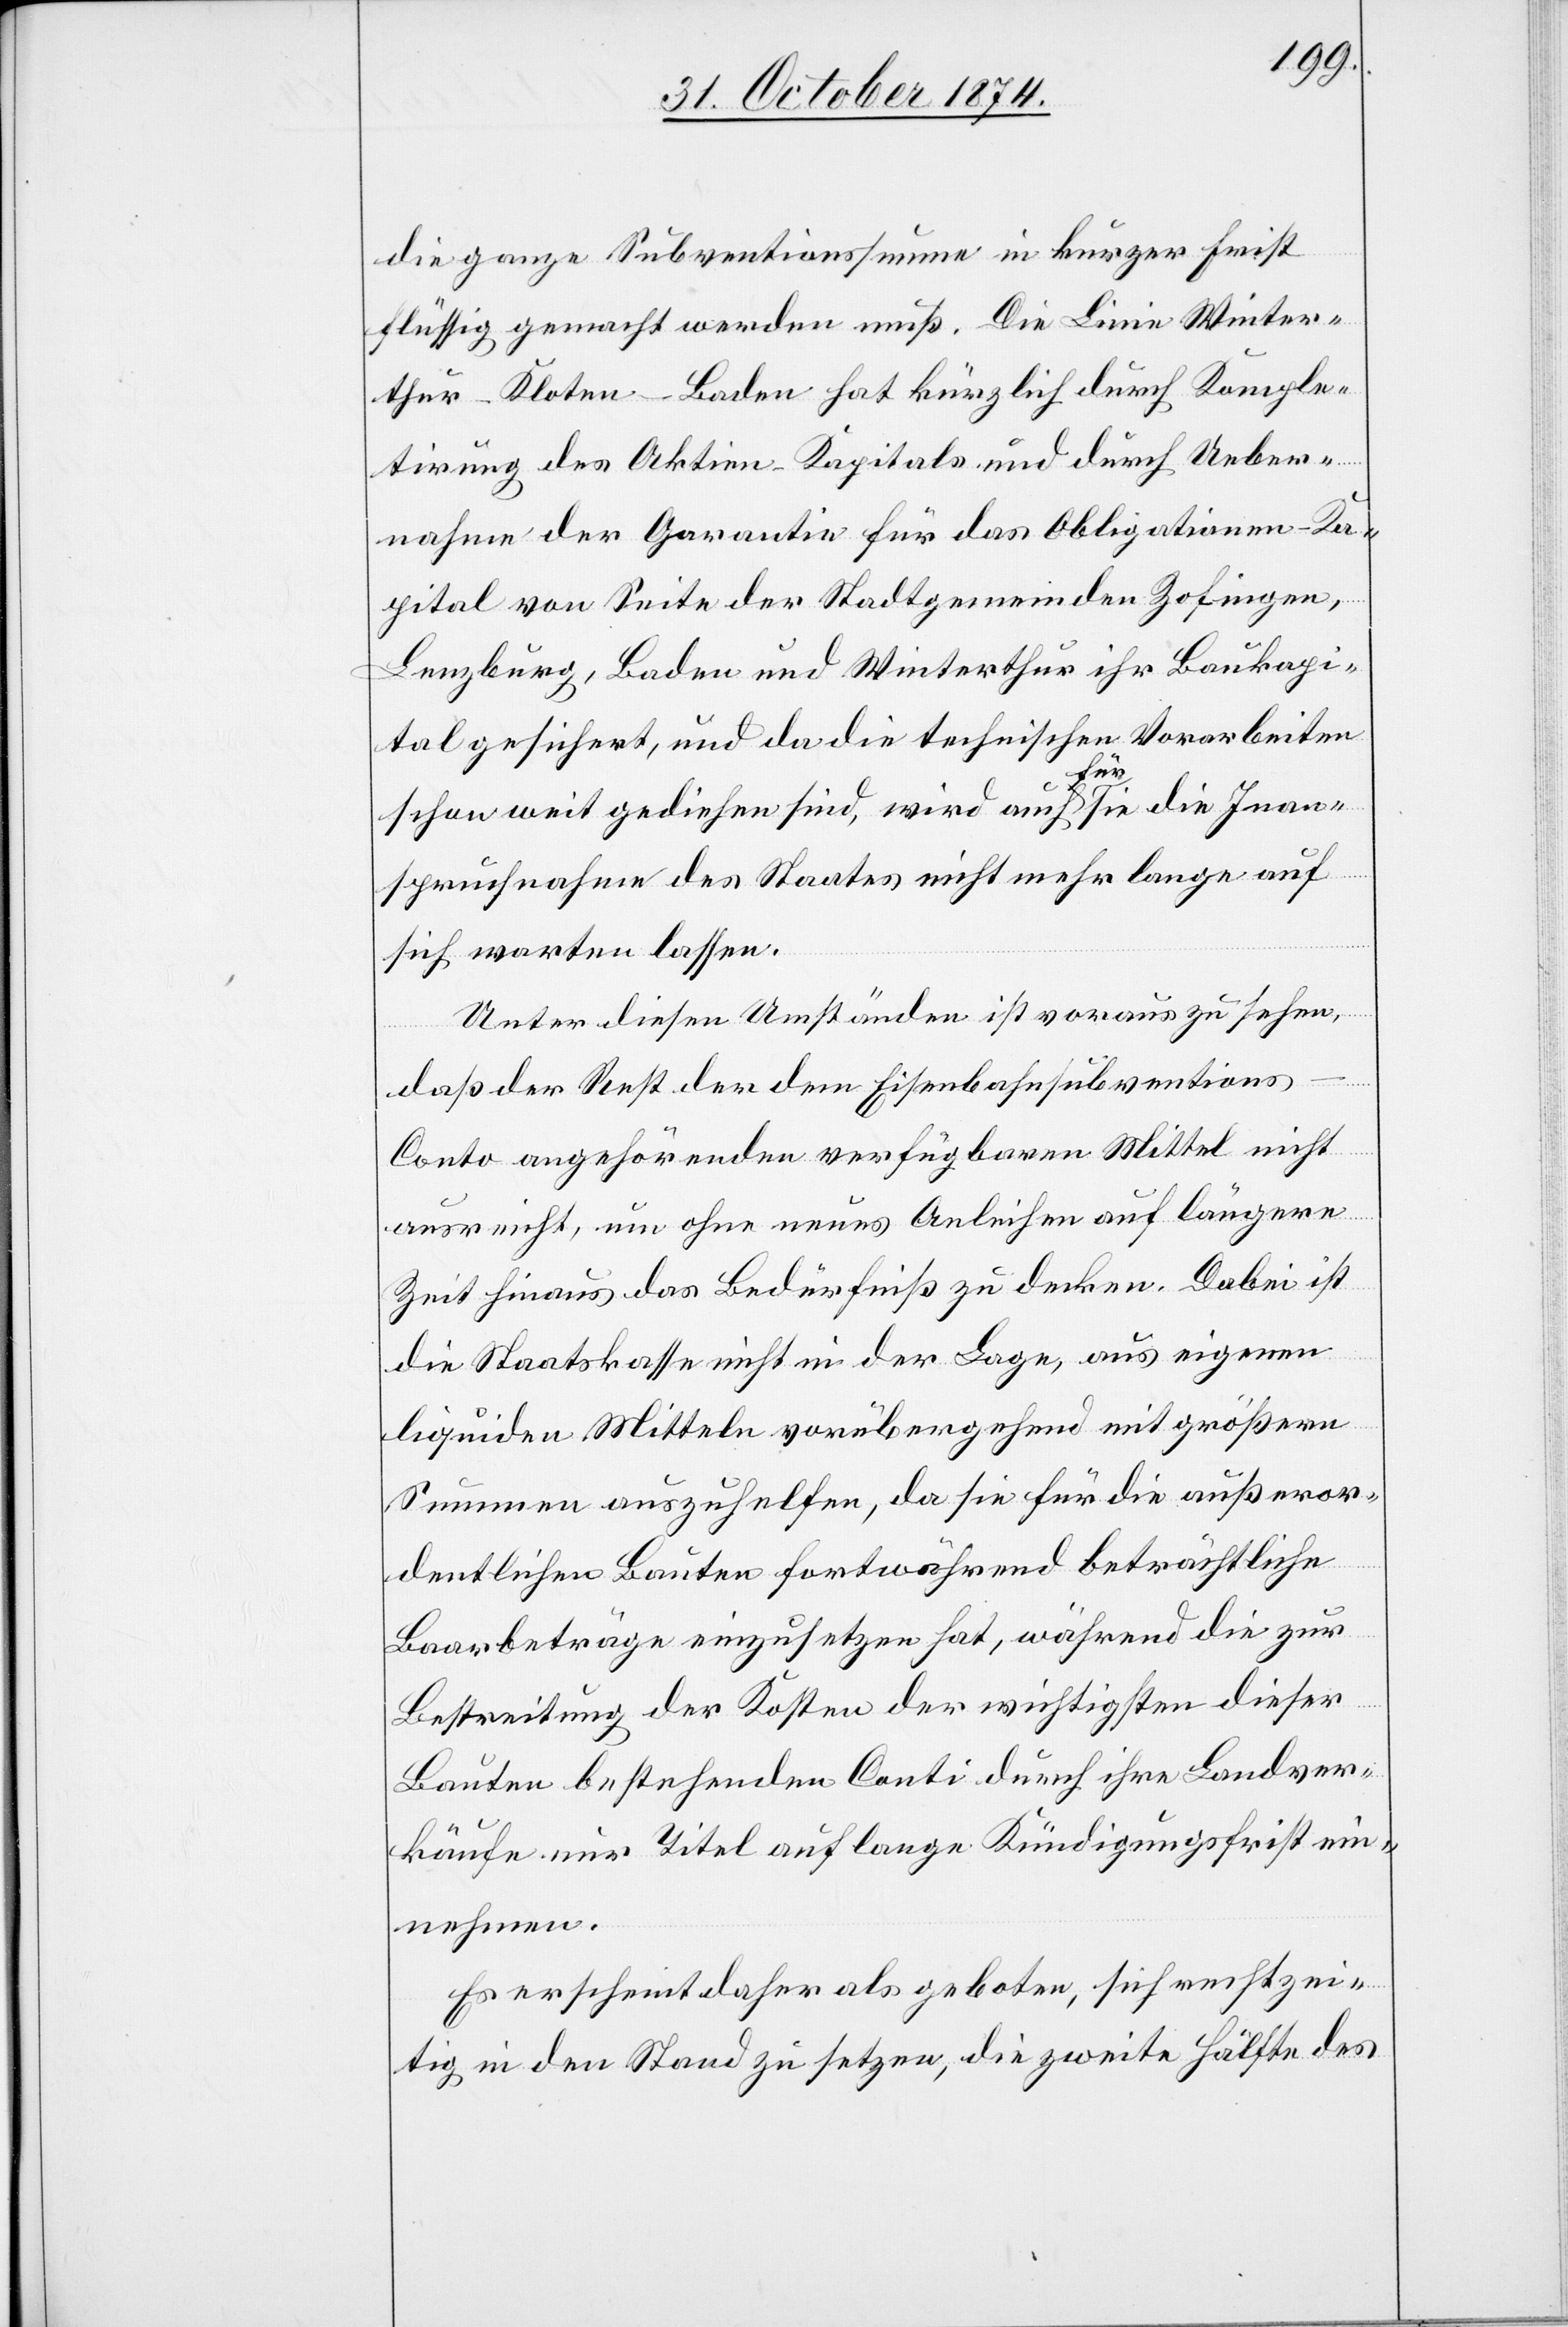
die ganze Subventionssumme in kurzer Frist
flüssig gemacht werden muß. Die Linie Winter¬
thur–Kloten–Baden hat kürzlich durch Komple¬
tirung des Aktien-Kapitals und durch Ueber¬
nahme der Garantie für das Obligationen-Ka¬
pital von Seite der Stadtgemeinden Zofingen,
Lenzburg, Baden und Winterthur ihr Baukapi¬
tal gesichert, und da die technischen Vorarbeiten
schon weit gediehen sind, wird auch für sie die Inan¬
spruchnahme des Staates nicht mehr lange auf
sich warten lassen.
Unter diesen Umständen ist vorauszusehen,
daß der Rest der dem Eisenbahnsubventions-C¬
onto angehörenden verfügbaren Mittel nicht
ausreicht, um ohne neues Anleihen auf längere
Zeit hinaus das Bedürfniß zu decken. Dabei ist
die Staatskasse nicht in der Lage, aus eigenen
liquiden Mitteln vorübergehend mit größern
Summen auszuhelfen, da sie für die außeror¬
dentlichen Bauten fortwährend und beträchtliche
Baarbeträge einzusetzen hat, während die zur
Bestreitung der Kosten der wichtigsten dieser
Bauten bestehenden Conti durch ihre Landver¬
käufe nur Titel auf lange Kündigungsfrist ein¬
nehmen.
Es erscheint als geboten, sich rechtzei¬
tig in den Stand zu setzen, die zweite Hälfte des